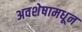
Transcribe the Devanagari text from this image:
अवशेषामधून